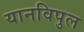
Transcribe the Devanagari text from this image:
यानविपुल